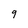
Character: 9